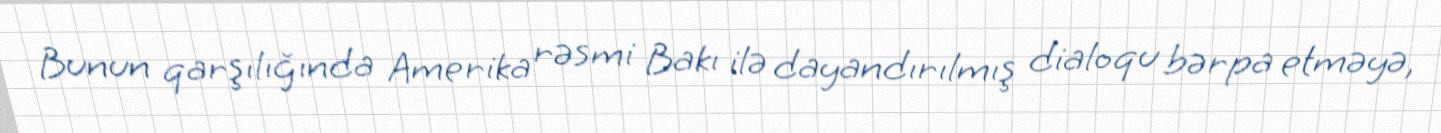
Bunun qarşılığında Amerika rəsmi Bakı ilə dayandırılmış dialoqu bərpa etməyə,